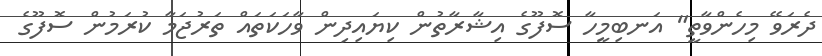
ދެރަވޭ މިހެންވާތީ" އަނބިމީހާ ސޮފޫގެ އިޝާރާތުން ކިޔައިދިން ވާހަކަތައް ތަރުޖަމާ ކުރަމުން ސޮފޫގެ